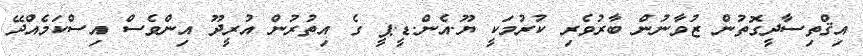
އިޤްތިސާދީގޮތުން ޒުވާނުން ބާރުވެރި ކުރުމަކީ ޔޫ.އެން.ޑީ.ޕީ ގެ އިތުރުން އުރީދޫ އިންވެސް އިސްކަމެއްދޭ